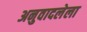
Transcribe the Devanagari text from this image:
अनुवादलेला